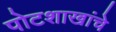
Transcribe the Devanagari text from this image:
पोटशाखांचे